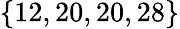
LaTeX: \{ 12,20,20,28\}